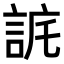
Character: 𧧉